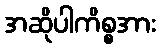
အဆိုပါကိစ္စအား